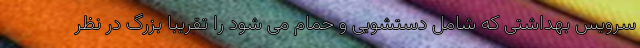
سرویس بهداشتی که شامل دستشویی و حمام می شود را تقریبا بزرگ در نظر